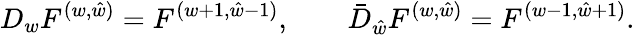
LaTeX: {D_{w}F^{(w,\hat{w})}=F^{(w+1,\hat{w}-1)},\qquad\bar{D}_{\hat{w}}F^{(w,\hat{w})}=F^{(w-1,\hat{w}+1)}.}